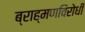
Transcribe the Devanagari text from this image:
ब्राह्मणविरोधी